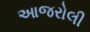
આજરોલી